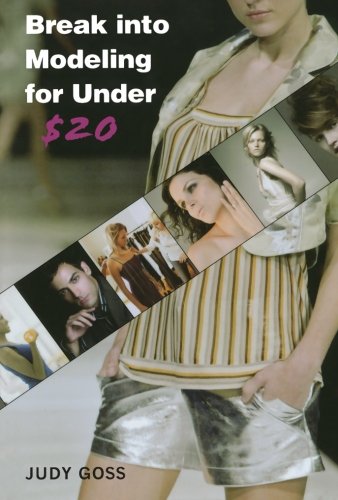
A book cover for Break into Modeling for Under $20; Judy Goss; Arts & Photography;